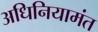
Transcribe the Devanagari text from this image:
अधिनियामंत